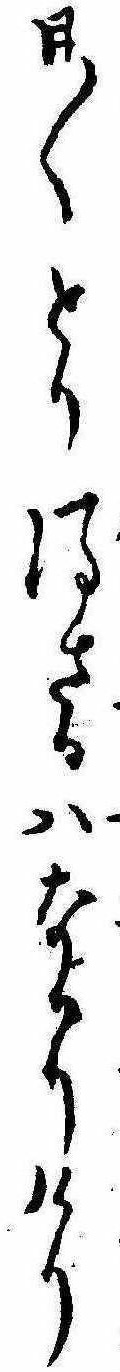
日〱とり得さるはなかりけり